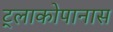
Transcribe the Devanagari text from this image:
ट्लाकोपानास